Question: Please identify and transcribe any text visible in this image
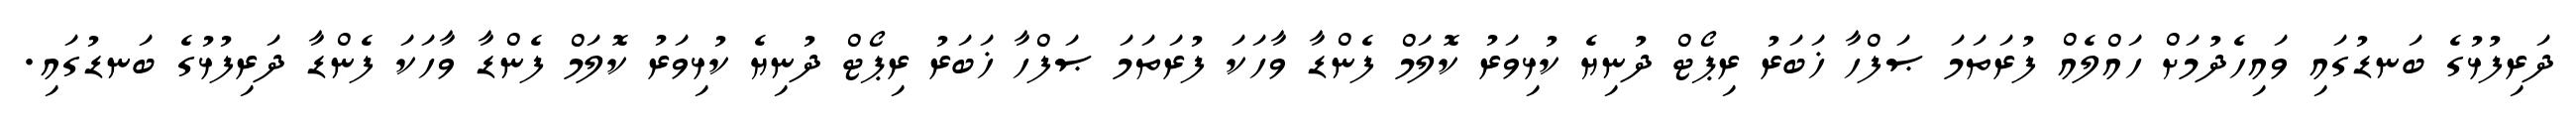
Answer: ދަރިފުޅުގެ ބަނޑުގައި ވައިހެދުމަށް ހައްލެއް ފުރަތަމަ ޞަފްހާ ޚަބަރު ރިޕޯޓް ދުނިޔެ ކުޅިވަރު ކޮލަމް ފެންޑާ ވާހަކަ ފުރަތަމަ ޞަފްހާ ޚަބަރު ރިޕޯޓް ދުނިޔެ ކުޅިވަރު ކޮލަމް ފެންޑާ ވާހަކަ ފެންޑާ ދަރިފުޅުގެ ބަނޑުގައި.